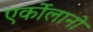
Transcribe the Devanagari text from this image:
एर्कोलानो